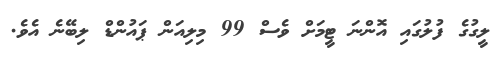
ލީގުގެ ފުލުގައި އޮންނަ ޓީމަށް ވެސް 99 މިލިއަން ޕައުންޑް ލިބޭނެ އެވެ.